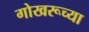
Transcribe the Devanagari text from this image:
गोखरूच्या